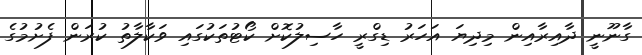
ގާނޫނީ ދާއިރާއިން މިދިޔަ އަހަރު ޑިގްރީ ހާސިލުކޮށް ކޯޓުތަކުގައި ވަކާލާތު ކުރަން ފެށުމުގެ